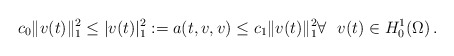
\begin{align*}c_0\| v(t)\|_1^2 \leq |v(t)|_1^2:=a(t,v,v) \leq c_1 \|v(t)\|_1^2\forall ~~v(t) \in H_0^1(\Omega)\,.\end{align*}